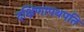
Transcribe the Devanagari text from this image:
दक्षिणापथपति